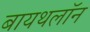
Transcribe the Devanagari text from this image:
बायथलॉन